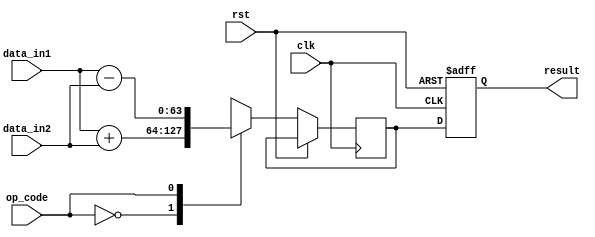
module MixedPrecisionFPU (
    input wire clk,
    input wire rst,
    input wire [63:0] data_in1,
    input wire [63:0] data_in2,
    input wire op_code, // 0: addition, 1: subtraction, 2: multiplication, 3: division
    output reg [63:0] result
);

reg [63:0] data_out;
reg [7:0] error_detect;
reg [31:0] pipeline_reg1, pipeline_reg2;

always @(posedge clk or posedge rst) begin
    if (rst) begin
        result <= 64'b0;
        error_detect <= 8'b0;
        pipeline_reg1 <= 32'b0;
        pipeline_reg2 <= 32'b0;
    end else begin
        case(op_code)
            0: begin // addition
                data_out <= data_in1 + data_in2;
                result <= data_out;
            end
            1: begin // subtraction
                data_out <= data_in1 - data_in2;
                result <= data_out;
            end
            2: begin // multiplication
                data_out <= data_in1 * data_in2;
                result <= data_out;
            end
            3: begin // division
                data_out <= data_in1 / data_in2;
                result <= data_out;
            end
            default: result <= 64'b0;
        endcase
    end
end

endmodule